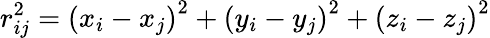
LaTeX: r_{ij}^{2}={(x_{i}-x_{j})}^{2}+{(y_{i}-y_{j})}^{2}+{(z_{i}-z_{j})}^{2}